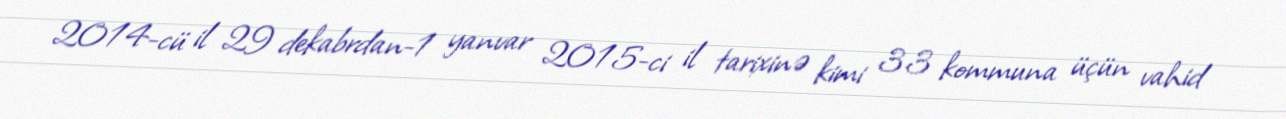
2014-cü il 29 dekabrdan-1 yanvar 2015-ci il tarixinə kimi 33 kommuna üçün vahid